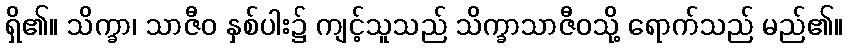
ရှိ၏။ သိက္ခာ၊ သာဇီဝ နှစ်ပါး၌ ကျင့်သူသည် သိက္ခာသာဇီဝသို့ ရောက်သည် မည်၏။